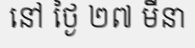
នៅ ថ្ងៃ ២៧ មីនា